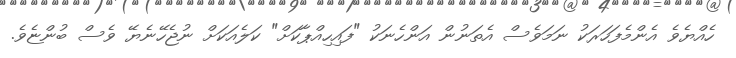
ހެއްޔެވެ އެންމެފަހަރަކު ނަމަވެސް އެތަނުން އަންހެނަކު "ފައިހިއްޕާކަށް" ކަލެއަކަށް ނުޖެހޭނެޔޭ ވެސް ބުންޏެވެ.